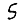
Digit: 5